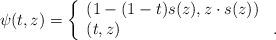
LaTeX: \begin{align*} \psi(t, z) = \left\{ \begin{array}{ll} (1 - (1-t) s(z), z \cdot s(z)) & \\ (t, z) & . \end{array} \right.\end{align*}